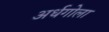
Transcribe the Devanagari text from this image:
अर्धगोला